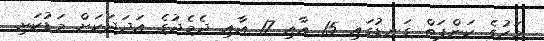
މަހުގެ ކަންފަތް ގަނޑުގައި 15 އާއި 17 އާއި ދެމެދުގެ އަދަދަކަށް މަޑުކަށި